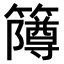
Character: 𫂫